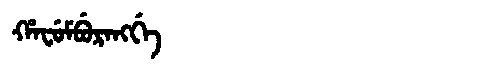
Manchu: ᡥᠠᠸᡠᠮᠪᡠᡵᠠᠩᡤᡝ
Romanization: HAFUMBURANGGE